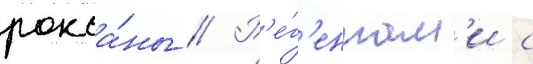
рокса́ны // Р'е́г'ентам'и с